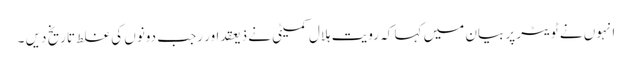
انہوں نے ٹویٹر پر بیان میں کہا کہ رویت ہلال کمیٹی نے ذیعقداور رجب دونوں کی غلط تاریخ دیں ۔